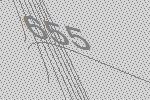
655